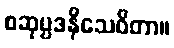
စဆုပ္ပဒနိသေဝိတာ။